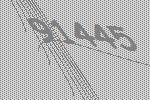
91445